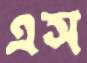
এস